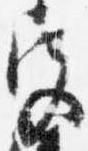
宮